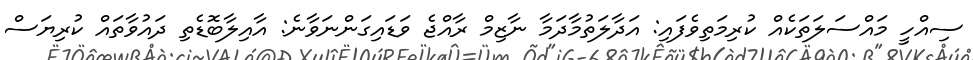
ސިއްހީ މައްސަލަތަކެއް ކުރިމަތިވެފައި: އަދާލަތުމާދަމާ ނާޒިމް ރާއްޖެ ވަޑައިގަންނަވާނެ: އާއިލާބޮޑެތި ދައުވާތައް ކުރިޔަސް